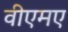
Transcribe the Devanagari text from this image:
वीएमए